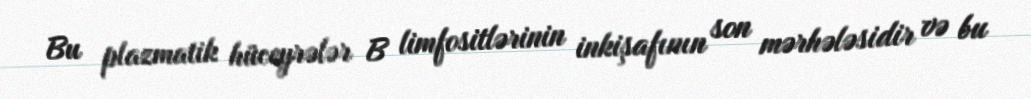
Bu plazmatik hüceyrələr B limfositlərinin inkişafının son mərhələsidir və bu